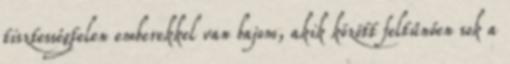
tisztességtelen emberekkel van bajom, akik között feltűnően sok a